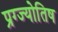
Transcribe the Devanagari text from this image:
प्रग्ज्योतिष